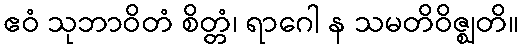
ဧဝံ သုဘာဝိတံ စိတ္တံ၊ ရာဂေါ န သမတိဝိဇ္ဈတိ။